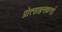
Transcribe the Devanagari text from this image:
प्रोत्साहनकर्त्ता